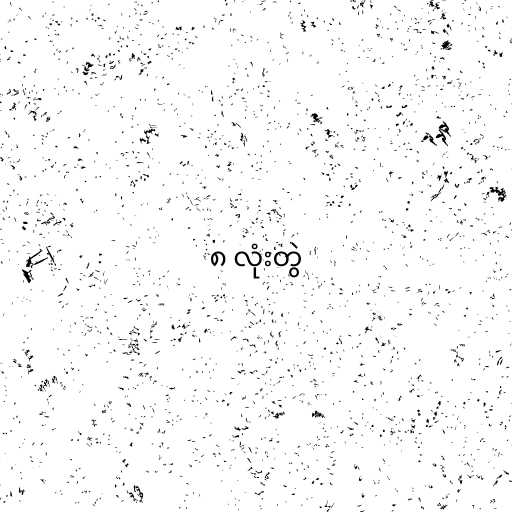
၈ လုံးတွဲ